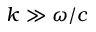
k \gg \omega / c